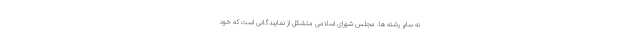
نه سایر رشته ها. مجلس شورای اسلامی متشکل از نمایندگانی است که خود